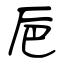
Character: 巵